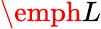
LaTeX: \emph{L}